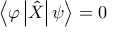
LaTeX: \left\langle \varphi \left| { \hat { X } } \right| \psi \right\rangle = 0